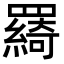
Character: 𦌰